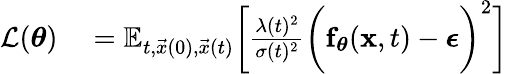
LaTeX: \begin{array}{rl}{\mathcal{L}(\mathbf{\boldsymbol{\theta}})}&{{}=\mathbb{E}_{t,\vec{x}(0),\vec{x}(t)}\bigg[\frac{\lambda(t)^{2}}{\sigma(t)^{2}}\bigg(\mathbf{\boldsymbol{f}}_{\mathbf{\boldsymbol{\theta}}}(\mathbf{\boldsymbol{x}},t)-\mathbf{\boldsymbol{\epsilon}}\bigg)^{2}\bigg]}\end{array}